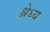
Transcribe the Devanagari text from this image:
श्रेध्य